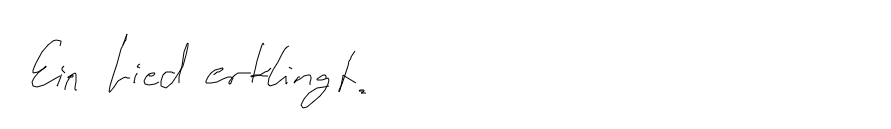
Ein Lied erklingt.